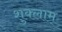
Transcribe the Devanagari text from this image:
शुक्लाम्